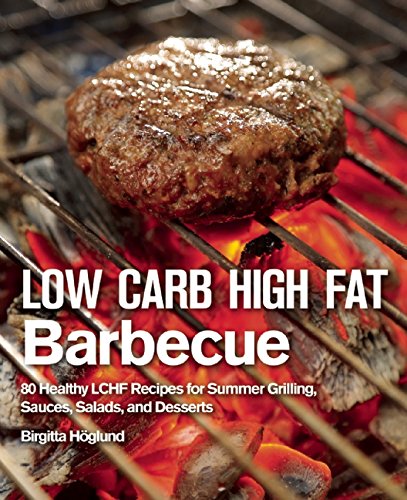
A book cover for Low Carb High Fat Barbecue: 80 Healthy LCHF Recipes for Summer Grilling, Sauces, Salads, and Desserts; Birgitta HÃ¶glund; Cookbooks, Food & Wine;